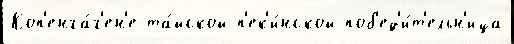
Коп'енга́г'ен'е та́йской п'ек'и́нской поб'ед'и́т'ельн'ица